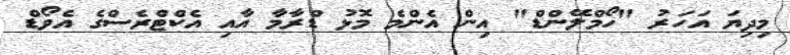
މިދިޔަ އަހަރު "ހޯމްލޭންޑް" އިން އެންމެ މޮޅު ޑްރާމާ އާއި އެކްޓްރެސްގެ އެވޯޑް